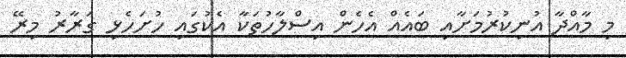
މި މާއްދާ އުނިކުރުމަށާއި ބައެއް އެހެން އިސްލާހުތަކާ އެކުގައި ހުށަހެޅި ގަރާރު މިރޭ